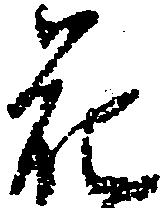
花